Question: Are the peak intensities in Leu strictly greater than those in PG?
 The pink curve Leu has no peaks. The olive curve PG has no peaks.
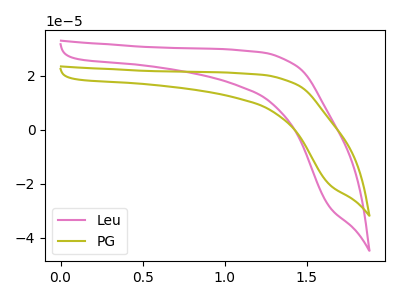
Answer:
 <answer>Niether CV has any peaks.</answer>
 <eval>blanks</eval>